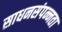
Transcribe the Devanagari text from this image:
साधनसंपन्नता